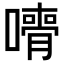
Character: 𡁦